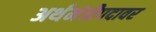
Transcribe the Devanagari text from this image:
अर्थमंत्रीपदावर